Lunatic asylums United Prov. 1922-30 - 1922-1930
Year: 1922
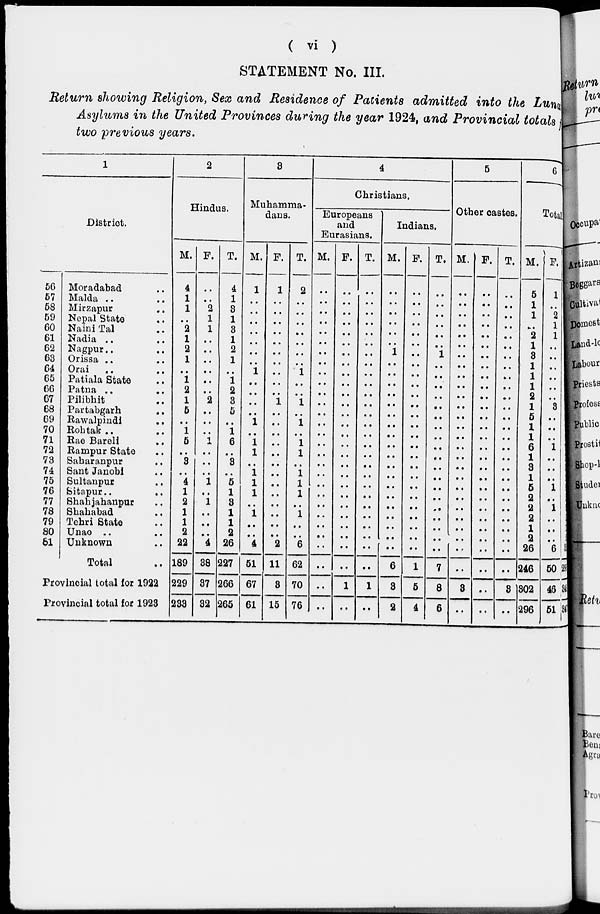
( vi )
STATEMENT No. III.
Return showing Religion, Sex and Residence of Patients admitted into the Lunatic
Asylums in the United Provinces during the year 1924, and Provincial totals
two previous years.
1
District.
56
57
58
59
60
61
62
63
64
65
66
67
68
69
70
71
72
73
74
75
76
77
78
79
80
61
Moradabad ..
Malda .. ..
Mirzapur ..
Nepal State ..
Naini Tal ..
Nadia .. ..
Nagpur .. ..
Orissa .. ..
Orai .. ..
Patiala State ..
Patna .. ..
Pilibhit ..
Partabgarh ..
Rawalpindi ..
Rohtak .. ..
Rae Bareli ..
Rampur State ..
Saharanpur ..
Sant Janobi ..
Sultanpur ..
Sitapur .. ..
Shahjahanpur ..
Shahabad ..
Tehri State ..
Unao .. ..
Unknown ..
Total ..
Provincial total for 1922
Provincial total for 1923
2
Hindus.
M.
4
1
1
..
2
1
2
1
..
1
2
1
5
..
1
5
..
3
..
4
1
2
1
1
2
22
189
229
233
F.
..
..
2
1
1
..
..
..
..
..
..
2
..
..
..
1
..
..
..
1
..
1
..
..
..
4
38
37
32
T.
4
1
3
1
3
1
2
1
..
1
2
3
5
..
1
6
..
3
..
5
1
3
1
1
2
26
227
266
265
3
Muhammadans.
M.
1
..
..
..
..
..
..
..
1
..
..
..
..
1
..
1
1
..
1
1
1
..
1
..
..
4
51
67
61
F.
1
..
..
..
..
..
..
..
..
..
..
1
..
..
..
..
..
..
..
..
..
..
..
..
..
2
11
3
15
T.
2
..
..
..
..
..
..
..
1
..
..
1
..
1
..
1
1
..
1
1
1
..
1
..
..
6
62
70
76
4
Christians.
Europeans
and
Eurasians.
M.
..
..
..
..
..
..
..
..
..
..
..
..
..
..
..
..
..
..
..
..
..
..
..
..
..
..
..
..
..
F.
..
..
..
..
..
..
..
..
..
..
..
..
..
..
..
..
..
..
..
..
..
..
..
..
..
..
..
1
..
T.
..
..
..
..
..
..
..
..
..
..
..
..
..
..
..
..
..
..
..
..
..
..
..
..
..
..
..
1
..
Indians.
M.
..
..
..
..
..
..
1
..
..
..
..
..
..
..
..
..
..
..
..
..
..
..
..
..
..
..
6
3
2
F.
..
..
..
..
..
..
..
..
..
..
..
..
..
..
..
..
..
..
..
..
..
..
..
..
..
..
1
5
4
T.
..
..
..
..
..
..
1
..
..
..
..
..
..
..
..
..
..
..
..
..
..
..
..
..
..
..
7
8
6
5
Other castes.
M.
..
..
..
..
..
..
..
..
..
..
..
..
..
..
..
..
..
..
..
..
..
..
..
..
..
..
..
3
..
F.
..
..
..
..
..
..
..
..
..
..
..
..
..
..
..
..
..
..
..
..
..
..
..
..
..
..
..
..
..
T.
..
..
..
..
..
..
..
..
..
..
..
..
..
..
..
..
..
..
..
..
..
..
..
..
..
..
..
3
..
6
Total.
M.
5
1
1
..
2
1
3
1
1
1
2
1
5
1
1
6
1
3
1
5
2
2
2
1
2
26
246
302
296
F.
1
..
2
1
1
..
..
..
..
..
..
3
..
..
..
1
..
..
..
1
..
1
..
..
..
6
50
46
51
2
32
296
348
347